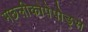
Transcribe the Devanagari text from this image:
मछलीकोपेपोड्स